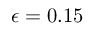
\epsilon = 0 . 1 5